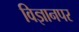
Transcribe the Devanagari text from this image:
विज्ञानपर